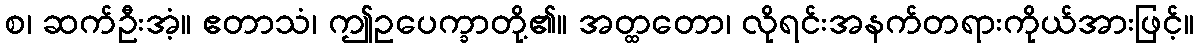
စ၊ ဆက်ဦးအံ့။ ဧတာသံ၊ ဤဥပေက္ခာတို့၏။ အတ္ထတော၊ လိုရင်းအနက်တရားကိုယ်အားဖြင့်။